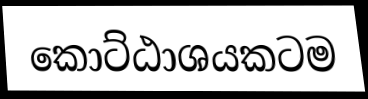
කොට්ඨාශයකටම